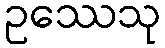
ဥဿေသု